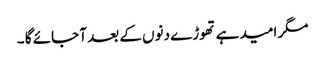
مگر امید ہے تھوڑے دنوں کے بعد آ جائے گا ۔